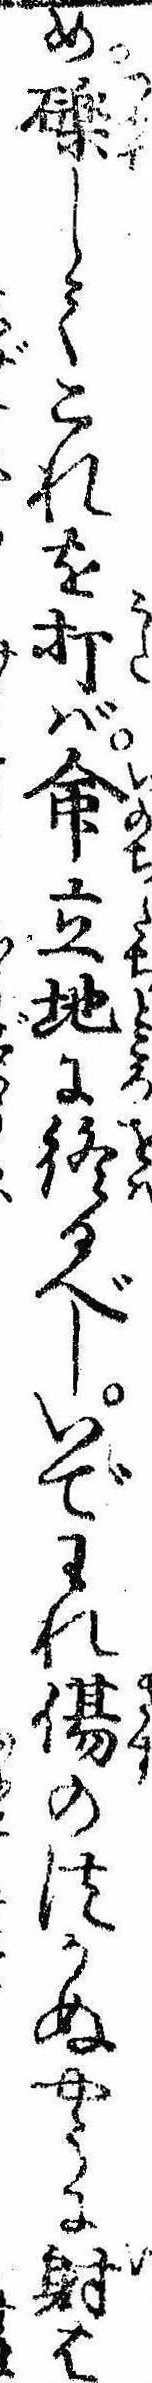
め礫してこれを打ば命立地に終るべしいでわれ傷のつかぬやうに射は